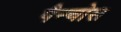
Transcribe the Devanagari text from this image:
पैन्चोस